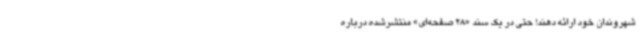
شهروندان خود ارائه دهند! حتی در یک سند «28 صفحه‌ای» منتشرشده درباره